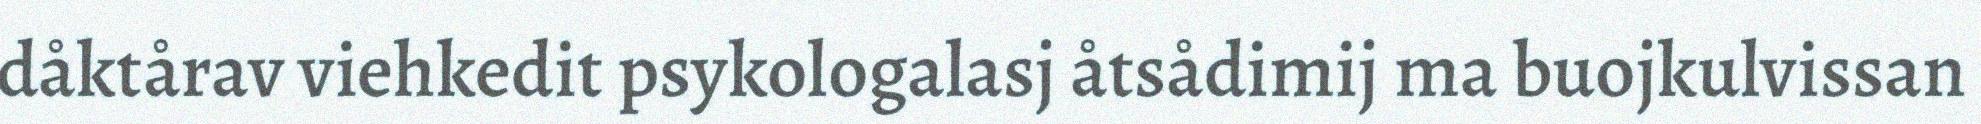
dåktårav viehkedit psykologalasj åtsådimij ma buojkulvissan